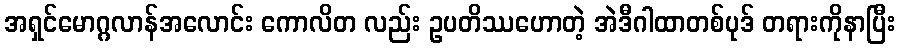
အရှင်မောဂ္ဂလာန်အလောင်း ကောလိတ လည်း ဥပတိဿဟောတဲ့ အဲဒီဂါထာတစ်ပုဒ် တရားကိုနာပြီး